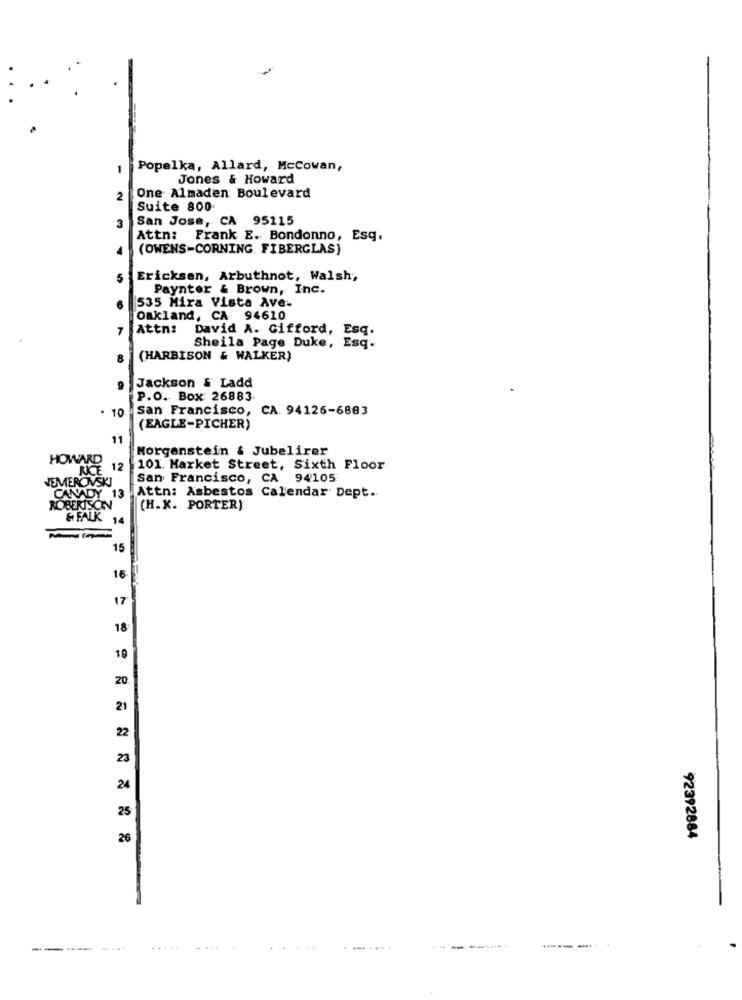
Popelka, Allard, McCowan,
Jones & Howard
2
One Almaden Boulevard
Suite 800
3
San Jose, CA 95115
Attn: Frank E. Bondonno, Esq.
(OWENS -CORNING FIBERGLAS)
Ericksen, Arbuthnot, Walsh,
Paynter & Brown, Inc.
535 Mira Vista Ave-
Oakland, CA 94610
7
Attn: David A. Gifford, Esq.
Sheila Page Duke, Esq.
8
(HARBISON & WALKER)
Jackson & Ladd
P.O. Box: 26883.
. 10
San Francisco, CA. 94126-6883
(EAGLE-PICHER)
11
Morgenstein & Jubelirer
HOWARD
12
101 Market Street, Sixth Floor
JEMER
San Francisco, CA 94105
Attn: Asbestos Calendar Dept ..
OBERISO
(H.K. PORTER)
& FALK
14
15
16
17
18
10
20
21
22
23
24
25
26
92392884
-------
.....